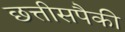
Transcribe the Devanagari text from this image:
छत्तीसपैकी